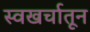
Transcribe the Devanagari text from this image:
स्वखर्चातून